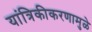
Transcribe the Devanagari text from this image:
यांत्रिकीकरणामुळे